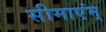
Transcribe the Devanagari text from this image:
सीमाएंम्